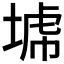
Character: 𡎍